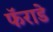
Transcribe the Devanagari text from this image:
फॅराडे